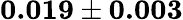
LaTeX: \textbf{0.019}\pm\textbf{0.003}